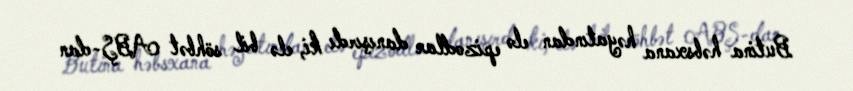
Butina həbsxana həyatından elə epizodlar danışırdı ki, elə bil söhbət ABŞ-dan